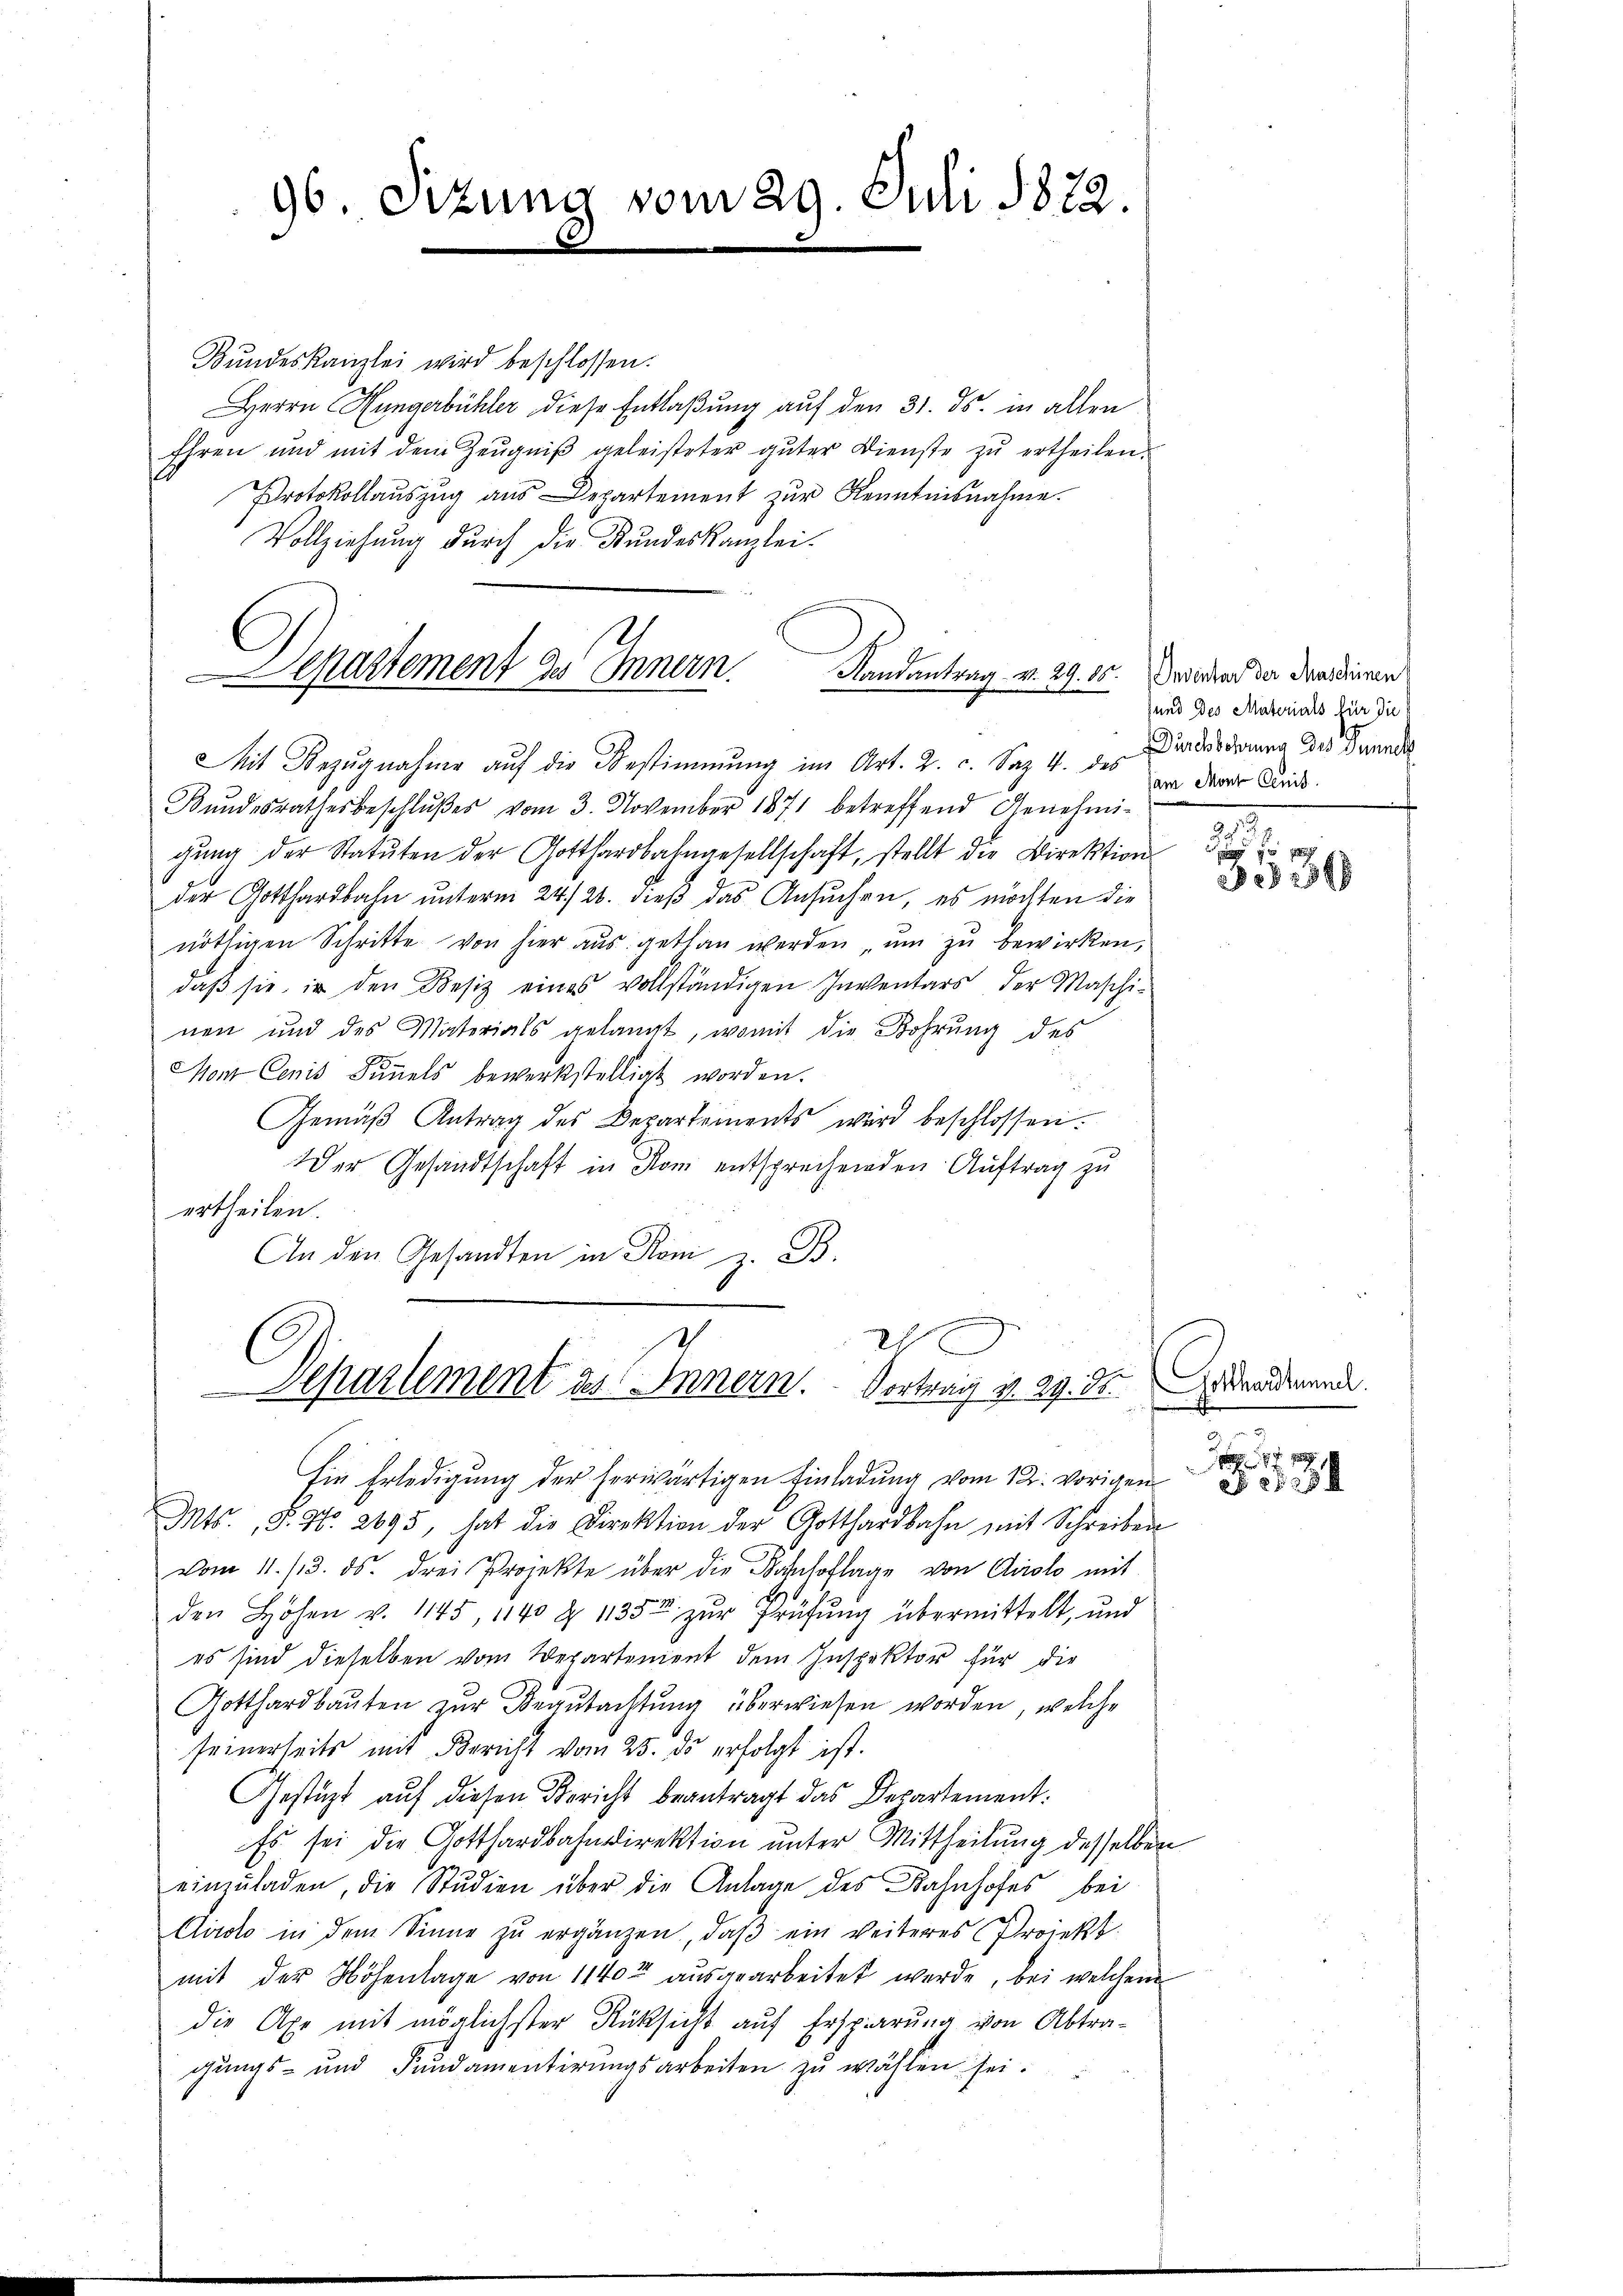
96. Sizung vom 29. Juli 1822.
.

Bundeskanzlei wird beschlossen:
Herrn Hungerbühler diese Entlaßung auf den 31. ds. in allen
Ehren und mit dem Zeŭgniβ geleisteter guter Dienste zu ertheilen.
Protokollauszug aus Departement zŭr Kenntnisnahme.
Vollziehung durch die Kundeskanzlei-
Mit Bezugnahme auf die Bestimmung im Art. 2. c. Satz. 4. des Verborderung des Bannda
Bundesrathesbeschlußes vom 3. November 1871 betreffend Genehmigŭng der Statŭten der Gotthardbahngesellschaft, stellt die Direktion
der Gotthardbahn unterm 24./26. dieß das Ansuchen, es möchten die
nöthigen Schritte von hier aŭs gethan werden, ŭm zŭ bewirken,
daβ sie in den Besiz eines vollständigen Inventars, der Maschi-
nen und des Materials gelangt, womit die Bohrung des
Mon Cenis Simmels bewerkstelligt worden.
Gemäβ Antrag des Departements wird beschlossen.
Der Gesandtschaft in Rom entsprechenden Auftrag zu
ertheilen.
An den Gesandten in Rom z. B.
2x
Departement des Innern. Vortrag v. 29. der Andendemande.
Ein Erledigung der herwärtigen Einladung vom 12. vorigen
Mts., S. Nr. 2695, hat die Direktion der Gotthardbahn mit Schreiben
vom 11. 13. ds. drei Projekte über die Bahnhoflage von Airolo mit
den Hohen v. 1145, 1140 § 1135 zur Prüfung übermittelt, und
es sind dieselben vom Departement dem Inspektor für die
Gotthardbauten zur Begutachtung überwiesen worden, welche
seinerseits mit Bericht vom 25. ds. erfolgt ist.
Gestüzt auf diesen Bericht beantragt das Departement.
Es sei die Gotthardbahndirektion unter Mittheilung desselben
einzuladen, die Studien über die Anlage des Bahnhofes bei
Airolo in dem Sinne zŭ ergänzen, daβ ein weiteres Projekt.
mit der Höhenlage von 1140 aŭsgearbeitet werde, bei welchem
die Axe mit möglichster Rücksicht auf Ersparung von Abtragungs- und Fundamentirungsarbeiten zu wählen sei.

Departement des Innern. Landantrag v. 29. 10. Verwand da dradieren

sund des Materials für die
Jam Monte Cenis

.

238 f 2388

.
S 1719

S. 25254